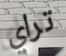
تراي